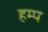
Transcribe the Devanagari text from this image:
हम्प